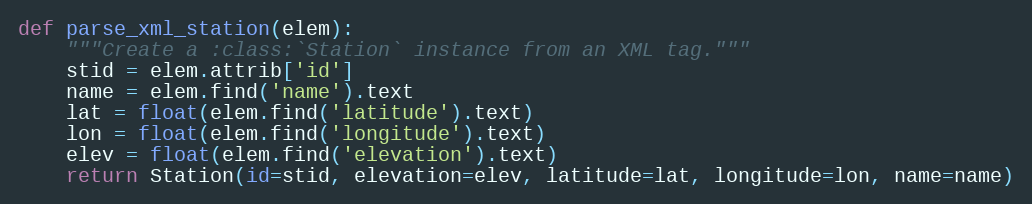
Language: Python
def parse_xml_station(elem):
    """Create a :class:`Station` instance from an XML tag."""
    stid = elem.attrib['id']
    name = elem.find('name').text
    lat = float(elem.find('latitude').text)
    lon = float(elem.find('longitude').text)
    elev = float(elem.find('elevation').text)
    return Station(id=stid, elevation=elev, latitude=lat, longitude=lon, name=name)